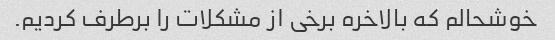
خوشحالم که بالاخره برخی از مشکلات را برطرف کردیم.